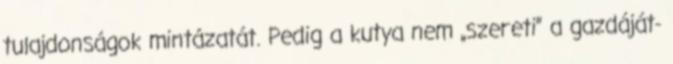
tulajdonságok mintázatát. Pedig a kutya nem „szereti” a gazdáját-